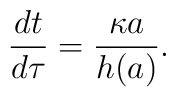
{{dt}\over{d\tau}}={{\kappa a}\over{h(a)}}.